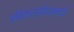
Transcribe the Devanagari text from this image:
अविकारश्चिदानन्दो